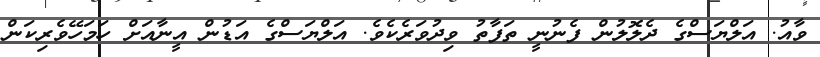
ވާއު. އަލްޔަސްގެ ދެލޮލުން ފެނުނީ ތަފާތު ވިދުވަރެކެވެ. އަލްޔަސްގެ އަޑުން އީނާއަށް ހަމަހޭވެރިކަން